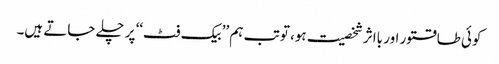
کوئی طاقتور اور بااثر شخصیت ہو، تو تب ہم ’’بیک فٹ‘‘ پر چلے جاتے ہیں۔